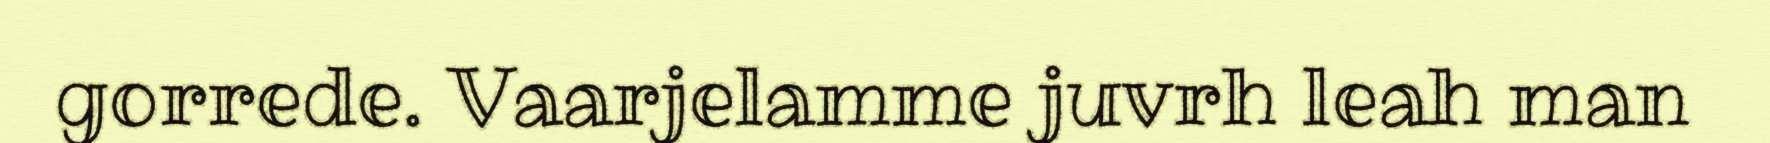
gorrede. Vaarjelamme juvrh leah man